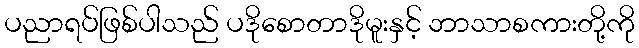
ပညာရပ်ဖြစ်ပါသည် ပဒိုစောတာဒိုမူးနှင့် ဘာသာစကားတို့ကို